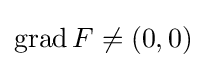
\operatorname {grad} F\neq (0,0)